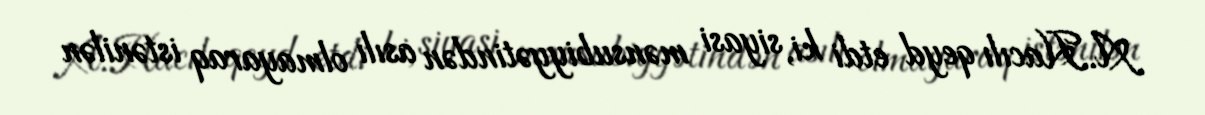
A.Hacılı qeyd etdi ki, siyasi mənsubiyyətindən asılı olmayaraq istənilən